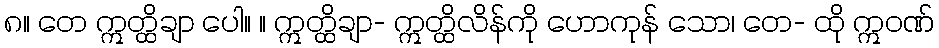
၈။ တေ ဣတ္ထိချာ ပေါ။ ။ ဣတ္ထိချာ- ဣတ္ထိလိန်ကို ဟောကုန် သော၊ တေ- ထို ဣဝဏ်